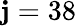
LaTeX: \mathbf{j}=38